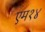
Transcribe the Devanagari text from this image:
एम१४